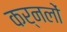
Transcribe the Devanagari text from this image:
कर्नलों